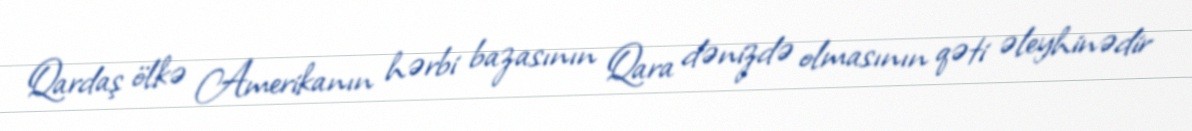
Qardaş ölkə Amerikanın hərbi bazasının Qara dənizdə olmasının qəti əleyhinədir